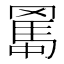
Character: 𦋱